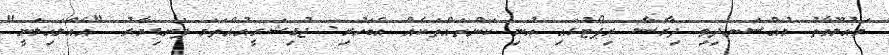
މައުލޫމާތު މުއްސަނދިވި ދިރާސާ ރިޕޯޓުގައި އުނި ކަންތައްތަކެއް އެބަހުރި: ޖުޑިޝަރީއުއްތަމަ ފަނޑިޔާރު "އެއްލައިލަނީ"